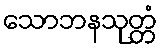
သောဘနသုတ္တံ